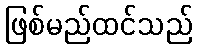
ဖြစ်မည်ထင်သည်